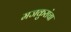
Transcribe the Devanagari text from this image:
मजकुरांचा